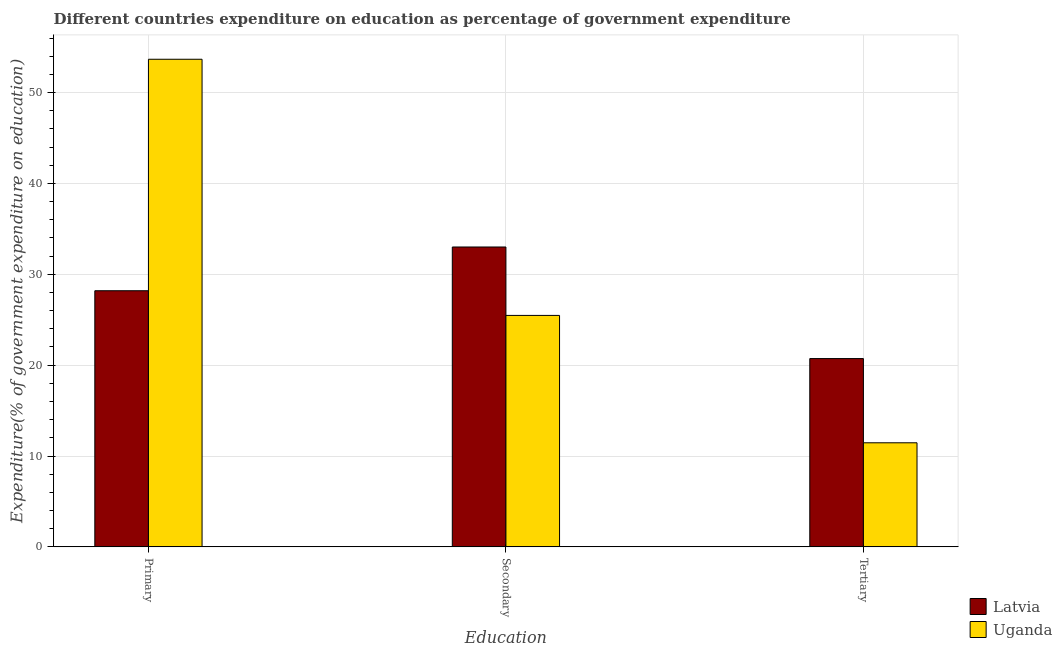
| Education | Latvia | Uganda |
 | --- | --- | --- |
 | Primary | 28.2 | 53.7 |
 | Secondary | 33 | 25.5 |
 | Tertiary | 20.7 | 11.5 |